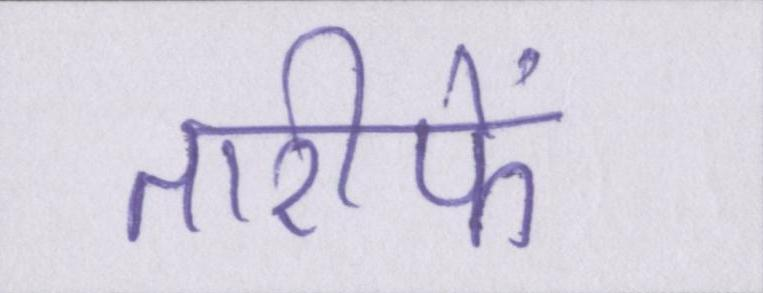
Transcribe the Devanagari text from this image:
तारीफें